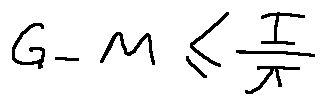
G - M \leq \frac { I } { \pi }